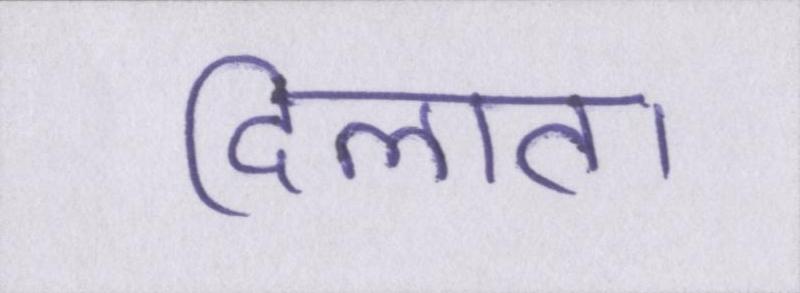
दिलाता